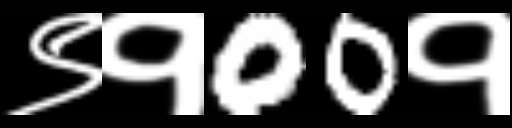
Text: ९१00१